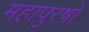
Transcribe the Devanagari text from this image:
महापुरषो